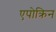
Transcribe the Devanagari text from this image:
एपोक्रिन